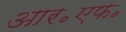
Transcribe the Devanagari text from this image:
आर॰एफ॰